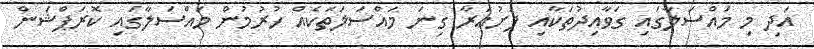
އަދި މި މައްސަލާގައި ގަވާއިދުތަކާއި ފުށުއަރާ ގިނަ މައްސަލަތަކެއް ހުރުމުން މައްސަލާގައި ކޮރަޕްޝަން